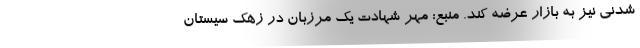
شدنی نیز به بازار عرضه کند. منبع: مهر شهادت یک مرزبان در زهک سیستان